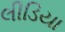
લીડિયા